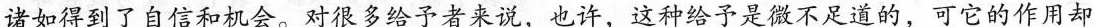
诸如得到了自信和机会。对很多给予者来说，也许，这种给予是微不足道的，可它的作用却